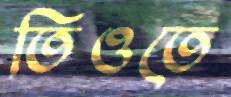
তিওতে